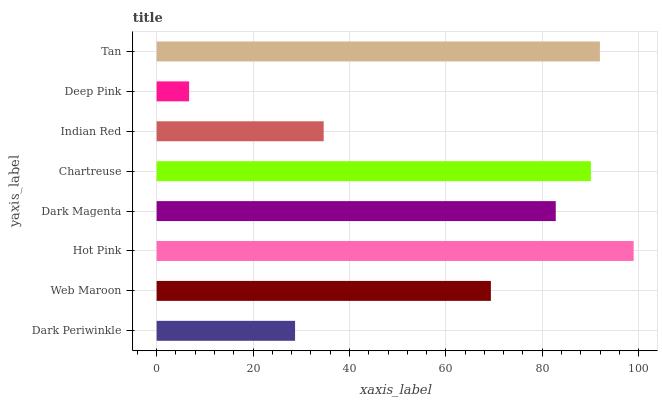
| yaxis_label | bars |
 | --- | --- |
 | Dark Periwinkle | 28.7 |
 | Web Maroon | 69.3 |
 | Hot Pink | 99 |
 | Dark Magenta | 82.8 |
 | Chartreuse | 90.1 |
 | Indian Red | 34.7 |
 | Deep Pink | 6.74 |
 | Tan | 92 |